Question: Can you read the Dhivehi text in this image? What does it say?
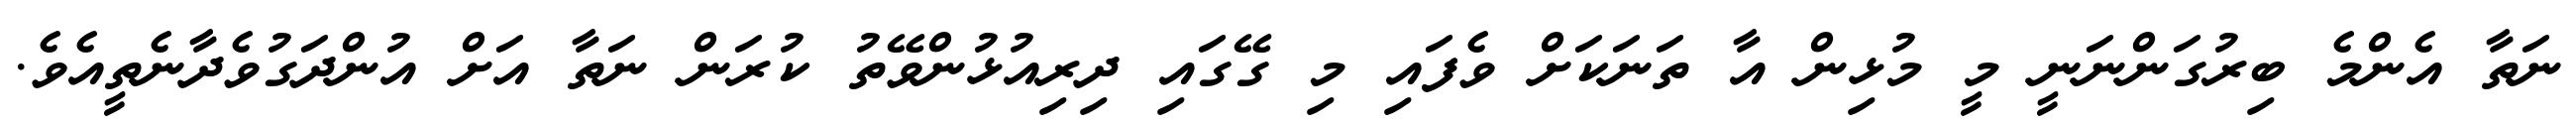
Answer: ނަތާ އެންމެ ބިރުގަންނަނީ މީ މުޅިން އާ ތަނަކަށް ވެފައި މި ގޭގައި ދިރިއުޅުންވޭތު ކުރަން ނަތާ އަށް އުންދަގުވެދާނެތީއެވެ.